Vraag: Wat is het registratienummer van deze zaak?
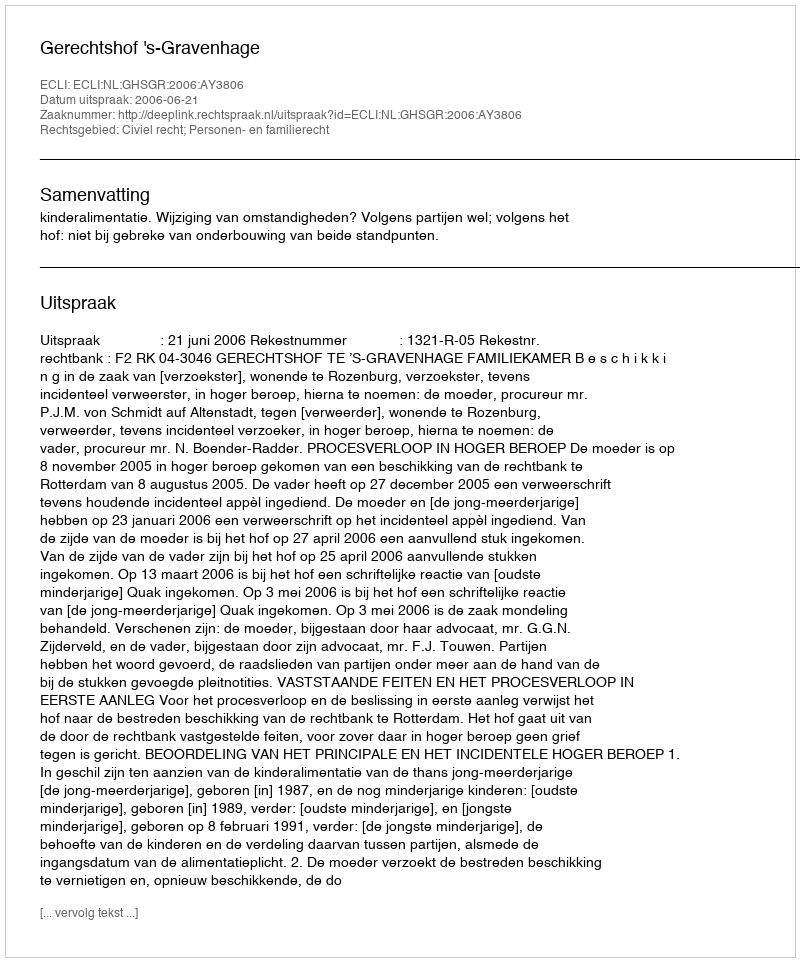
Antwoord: http://deeplink.rechtspraak.nl/uitspraak?id=ECLI:NL:GHSGR:2006:AY3806